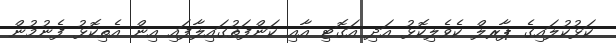
ކަޅުކުލައިގެ ޕާރލް ކެވެލިކޮޅު އަދި އަގޮޓި އާއި ކަންފަތުގައިލާފައި އިން އެތިކޮޅު ފެނުމުން